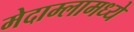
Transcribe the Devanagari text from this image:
मेदाम्लामध्ये